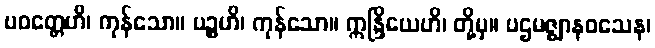
ပဝတ္တေဟိ၊ ကုန်သော။ ပဉ္စဟိ၊ ကုန်သော။ ဣန္ဒြိယေဟိ၊ တို့မှ။ ပဌမဇ္ဈာနဝသေန၊